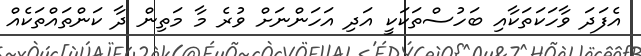
އެފަދަ ވާހަކަތަކާއި ބަހުސްތަކަކީ އަދި އަހަންނަށް ވުރެ މާ މަތިން ދާ ކަންތައްތަކެއް